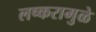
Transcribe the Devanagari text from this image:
लष्करामुळे